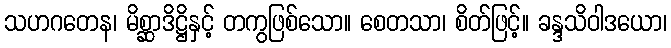
သဟဂတေန၊ မိစ္ဆာဒိဋ္ဌိနှင့် တကွဖြစ်သော။ စေတသာ၊ စိတ်ဖြင့်။ ခန္ဒသိဝါဒယော၊